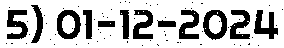
5) 01-12-2024